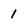
Character: 1